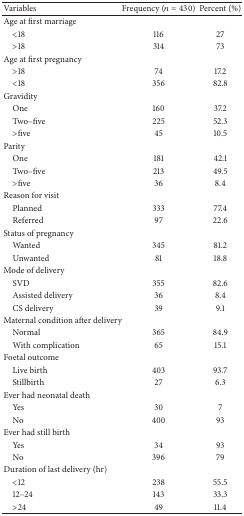
<table><thead><tr><td><b>Variables</b></td><td><b>Frequency (<i>n</i> = 430)</b></td><td><b>Percent (%)</b></td></tr></thead><tbody><tr><td>Age at first marriage</td><td> </td><td> </td></tr><tr><td> &lt;18</td><td>116</td><td>27</td></tr><tr><td> &gt;18 </td><td>314</td><td>73</td></tr><tr><td>Age at first pregnancy</td><td> </td><td> </td></tr><tr><td> &gt;18 </td><td>74</td><td>17.2</td></tr><tr><td> &lt;18 </td><td>356</td><td>82.8</td></tr><tr><td>Gravidity</td><td> </td><td> </td></tr><tr><td> One </td><td>160</td><td>37.2</td></tr><tr><td> Two–five </td><td>225</td><td>52.3</td></tr><tr><td> &gt;five </td><td>45</td><td>10.5</td></tr><tr><td>Parity </td><td> </td><td> </td></tr><tr><td> One </td><td>181</td><td>42.1</td></tr><tr><td> Two–five </td><td>213</td><td>49.5</td></tr><tr><td> &gt;five</td><td>36</td><td>8.4</td></tr><tr><td>Reason for visit</td><td> </td><td> </td></tr><tr><td> Planned </td><td>333</td><td>77.4</td></tr><tr><td> Referred </td><td>97</td><td>22.6</td></tr><tr><td>Status of pregnancy</td><td> </td><td> </td></tr><tr><td> Wanted </td><td>345</td><td>81.2</td></tr><tr><td> Unwanted </td><td>81</td><td>18.8</td></tr><tr><td>Mode of delivery</td><td> </td><td> </td></tr><tr><td> SVD </td><td>355</td><td>82.6</td></tr><tr><td> Assisted delivery </td><td>36</td><td>8.4</td></tr><tr><td> CS delivery </td><td>39</td><td>9.1</td></tr><tr><td>Maternal condition after delivery </td><td> </td><td> </td></tr><tr><td> Normal </td><td>365</td><td>84.9</td></tr><tr><td> With complication </td><td>65</td><td>15.1</td></tr><tr><td>Foetal outcome </td><td> </td><td> </td></tr><tr><td> Live birth </td><td>403</td><td>93.7</td></tr><tr><td> Stillbirth</td><td>27</td><td>6.3</td></tr><tr><td>Ever had neonatal death</td><td> </td><td> </td></tr><tr><td> Yes </td><td>30</td><td>7</td></tr><tr><td> No </td><td>400</td><td>93</td></tr><tr><td>Ever had still birth </td><td> </td><td> </td></tr><tr><td> Yes </td><td>34</td><td>93</td></tr><tr><td> No </td><td>396</td><td>79</td></tr><tr><td>Duration of last delivery (hr)</td><td> </td><td> </td></tr><tr><td> &lt;12 </td><td>238</td><td>55.5</td></tr><tr><td> 12–24</td><td>143</td><td>33.3</td></tr><tr><td> &gt;24 </td><td>49</td><td>11.4</td></tr></tbody></table>